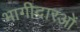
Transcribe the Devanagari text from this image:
भागीदारओं